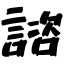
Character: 諮